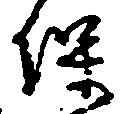
保